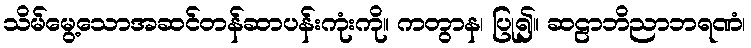
သိမ်မွေ့သောအဆင်တန်ဆာပန်းကုံးကို။ ကတွာန၊ ပြု၍။ ဆဠာဘိညာဘရဏံ၊